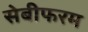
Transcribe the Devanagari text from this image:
सेबीफरम